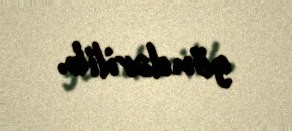
göndərilib.